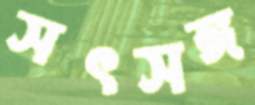
সৎসঙ্গ